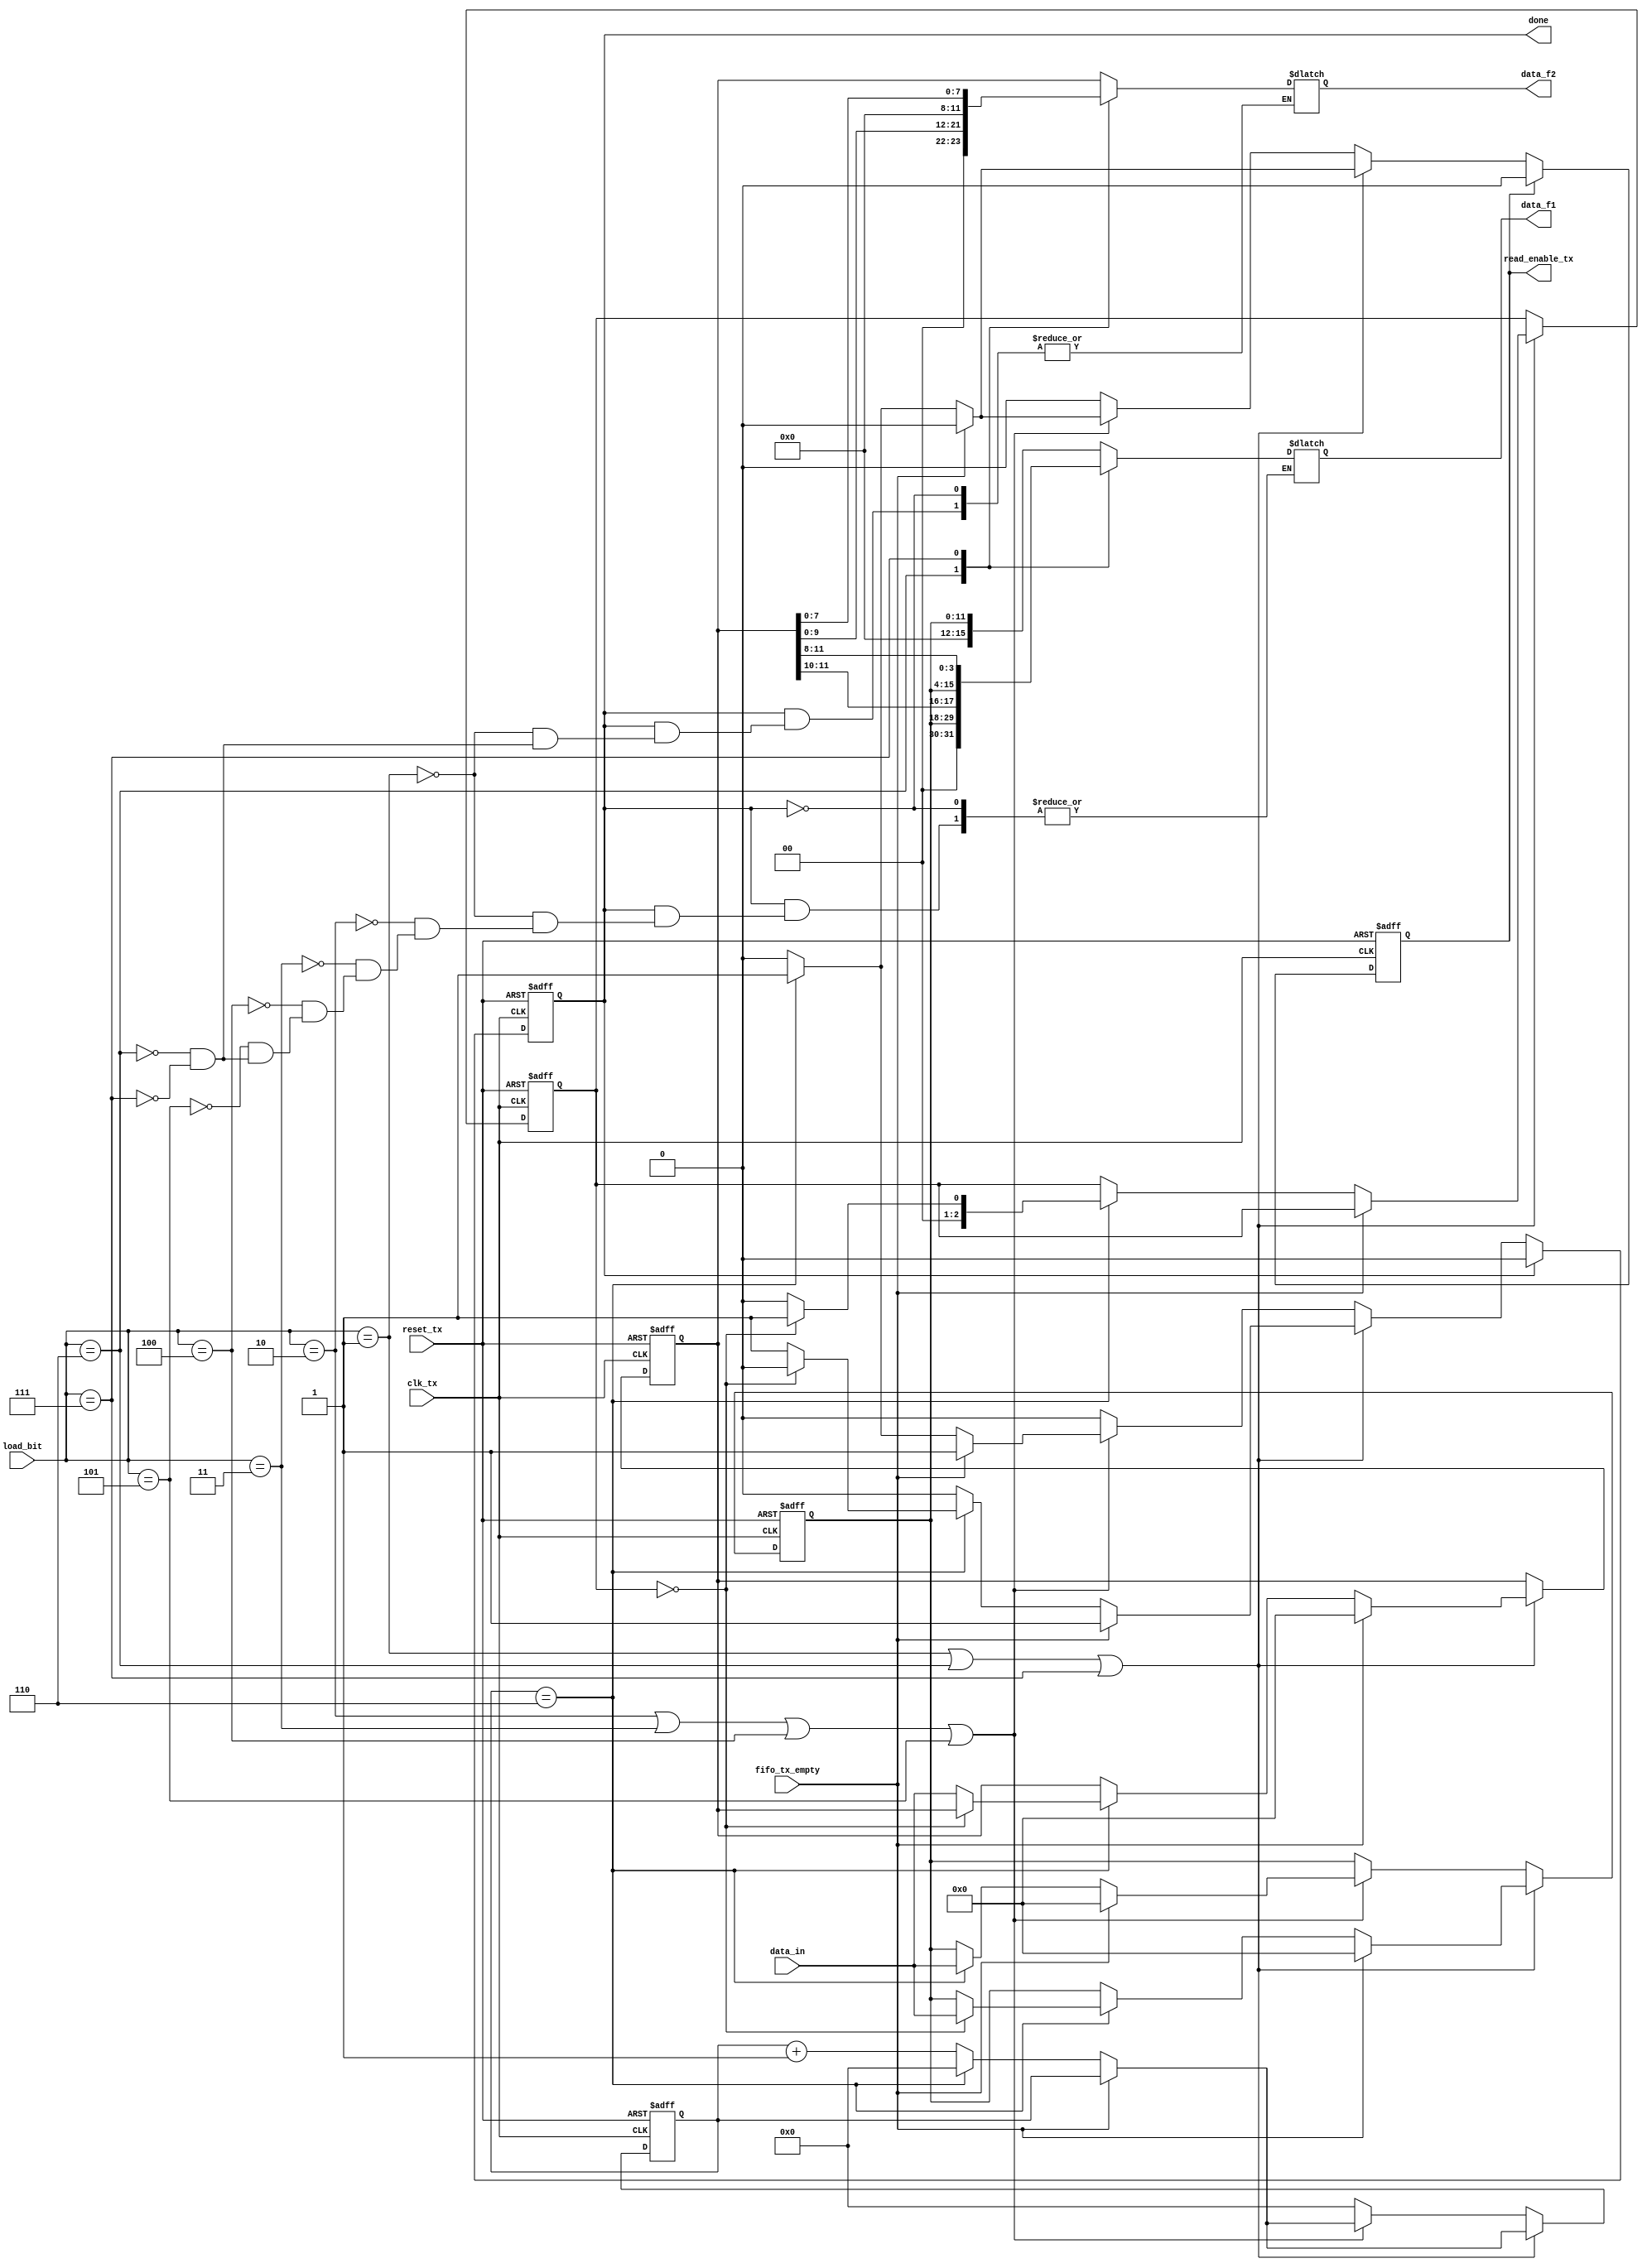
module sent_tx_data_reg(
	//clk_tx and reset_tx
	input clk_tx,
	input reset_tx,

	//signals to control block
	input [2:0] load_bit,
	output reg [15:0] data_f1,
	output reg [11:0] data_f2,
	output reg done,	

	//signals to fifo
	input [11:0] data_in,
	input fifo_tx_empty,
	output reg read_enable_tx
	);

	reg [4:0] count_enable;
	reg [2:0] count_store;

	reg [11:0] saved_data1;
	reg [11:0] saved_data2;


	//CONTROL
	always @(posedge clk_tx or posedge reset_tx) begin
		if(reset_tx) begin
			count_enable <= 0;
			read_enable_tx <= 0;
			saved_data1 <= 0;
			saved_data2 <= 0;
			done <= 0;
			count_store <= 0;
			
		end
		else begin
			if(load_bit == 3'b001 || load_bit == 3'b110 || load_bit == 3'b111) begin
				if(!fifo_tx_empty) begin
				if(count_enable == 6) begin
					read_enable_tx <= 1;
					count_enable <= 0;
					if(!count_store) begin
						saved_data1 <= data_in; 
						count_store <= 1; 
					end else begin 
						saved_data2 <= data_in; 
						count_store <= 0; 
						done <= 1; 
					end
				end
				else begin count_enable <= count_enable + 1; end
				end
				else begin
					saved_data1 <= 0;
					saved_data2 <= 0;
					done <= 1;
				end
			end
			else if(load_bit == 3'b010 || load_bit == 3'b011 || load_bit == 3'b100 || load_bit == 3'b101)begin
				if(!fifo_tx_empty) begin	
				if(count_enable == 6) begin
					read_enable_tx <= 1;
					count_enable <= 0;
					saved_data1 <= data_in; 
					done <= 1; 
				end
				else begin count_enable <= count_enable + 1; end
				end
				else begin
					saved_data1 <= 0;
					done <= 1;
				end
			end
			else begin 
				read_enable_tx <= 0;
				count_enable <= 0;
			end
			
			if(done) done <= 0;
			if(read_enable_tx) read_enable_tx <= 0;
		end
	end

	//DATA
	always @(done) begin
			//data fast channel 1
			if(done) begin 
				case(load_bit)
					3'b001: begin data_f1 = saved_data1; data_f2 = saved_data2; end
					3'b010: begin data_f1 = saved_data1; end
					3'b011: begin data_f1 = saved_data1; end
					3'b100: begin data_f1 = saved_data1; end
					3'b101: begin data_f1 = saved_data1; end
					3'b110: begin data_f1 = {saved_data1, saved_data2[11:10]}; data_f2 = saved_data2[9:0]; end
					3'b111: begin data_f1 = {saved_data1, saved_data2[11:8]}; data_f2 = saved_data2[7:0]; end
				endcase
			end
		end
endmodule